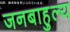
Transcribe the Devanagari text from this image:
जनबाहुल्य